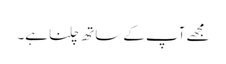
مجھے آپ کے ساتھ چلنا ہے۔